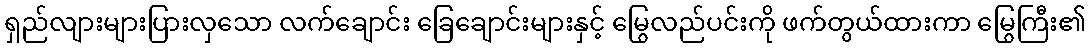
ရှည်လျားများပြားလှသော လက်ချောင်း ခြေချောင်းများနှင့် မြွေလည်ပင်းကို ဖက်တွယ်ထားကာ မြွေကြီး၏